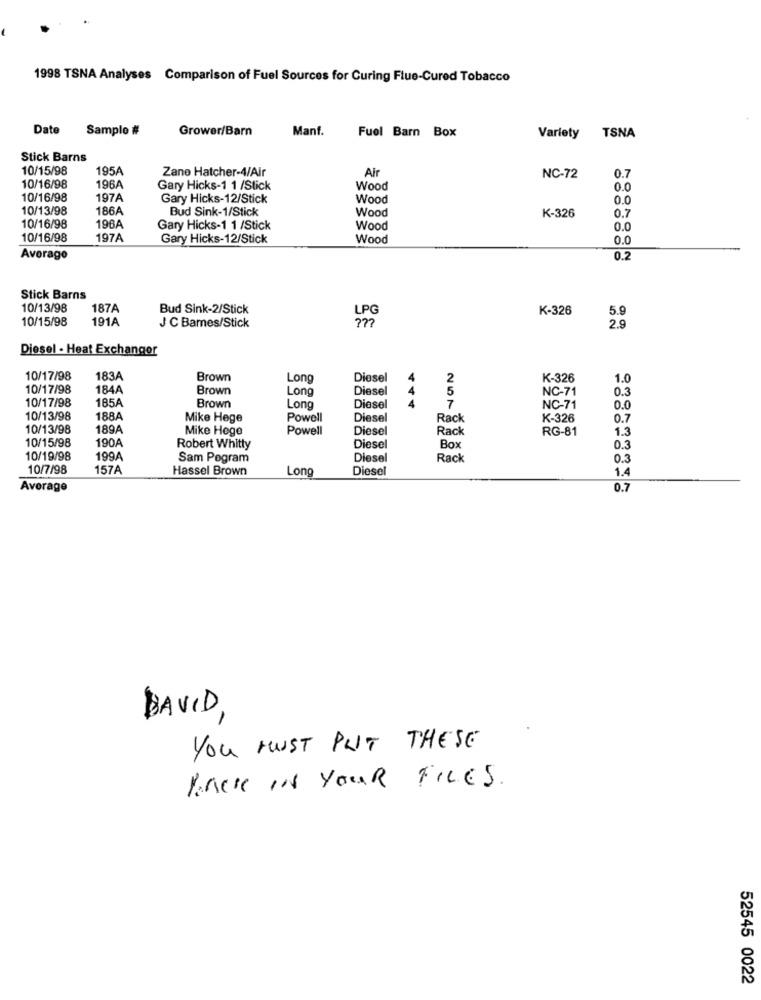
1998 TSNA Analyses Comparison of Fuel Sources for Curing Flue-Cured Tobacco
Date
Sample #
Grower/Barn
Manf.
Fuel Barn Box
Variety
TSNA
Stick Barns
10/15/98
195A
Zane Hatcher-4/Air
Air
NC-72
0.7
10/16/98
196A
Gary Hicks-1 1 /Stick
Wood
0.0
10/16/98
197A
Gary Hicks-12/Stick
Wood
0.0
10/13/98
186A
Bud Sink-1/Stick
Wood
K-326
0.7
10/16/98
196A
Gary Hicks-1 1 /Stick
Wood
0.0
10/16/98
197A
Gary Hicks-12/Stick
Wood
0.0
Average
0.2
Stick Barns
10/13/98
187A
Bud Sink-2/Stick
LPG
K-326
10/15/98
191A
5.9
J C Barnes/Stick
2.9
Diesel - Heat Exchanger
10/17/98
183A
Brown
Long
Diesel
4
2
K-326
1.0
10/17/98
184A
Brown
Long
Diesel
4
5
NC-71
0.3
185A
4
10/17/98
Brown
Long
Diesel
7
NC-71
0.0
10/13/98
188
Mike Hege
Powell
Diesel
Rack
K-326
0.7
10/13/98
1.89A
Mike Hoge
Powell
Diesel
Rack
RG-81
1.3
190A
10/15/98
Robert Whitty
Diesel
Box
0.3
10/19/98
199A
Sam Pogram
Diesel
Rack
0.3
10/7/98
157A
Hassel Brown
Long
Diesel
1.4
Average
0.7
DAVID
-
YOU MUST PUT THESE
Pack IN YOUR FILES.
52545 0022